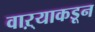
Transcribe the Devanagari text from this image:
वाऱ्याकडून